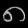
Digit: ၈